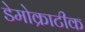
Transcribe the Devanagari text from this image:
डेमोक्राटीक